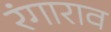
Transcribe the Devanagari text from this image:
रंगाराव